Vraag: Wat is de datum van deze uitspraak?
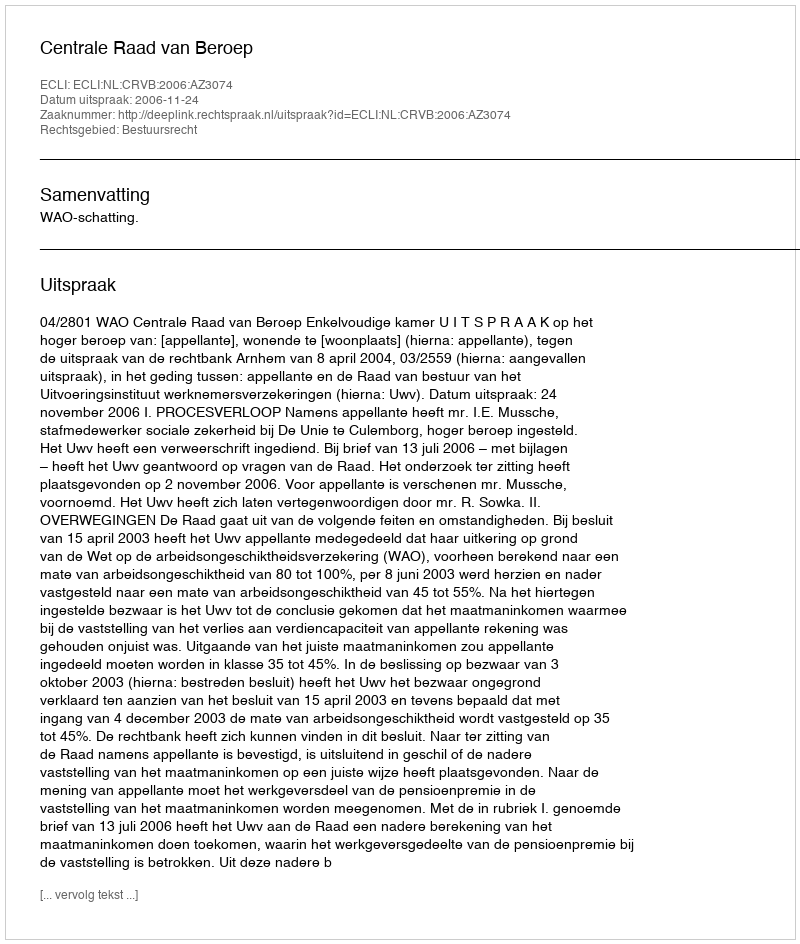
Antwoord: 2006-11-24